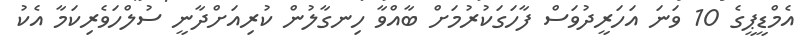
އެމްޑީޕީގެ 10 ވަނަ އަހަރީދުވަސް ފާހަގަކުރުމަށް ބާއްވާ ހިނގާލުން ކުރިއަށްދާނީ ސުލްހަވެރިކަމާ އެކު